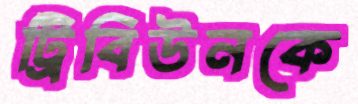
ট্রিবিউনকে